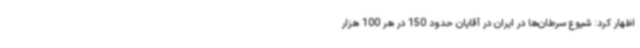
اظهار کرد: شیوع سرطان‌ها در ایران در آقایان حدود 150 در هر 100 هزار